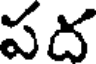
పద